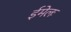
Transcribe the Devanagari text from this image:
ईमेलः